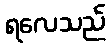
ရလေသည်